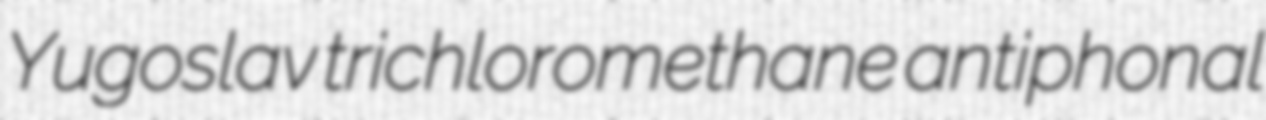
Yugoslav trichloromethane antiphonal